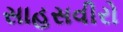
સાહસવીરો